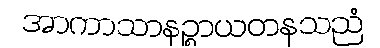
အာကာသာနဉ္စာယတနသညံ